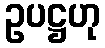
ဥပဋ္ဌဟု